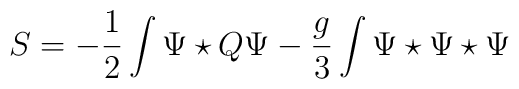
S = -\frac{1}{2}\int \Psi \star Q \Psi -\frac{g}{3}  \int \Psi \star\Psi \star \Psi